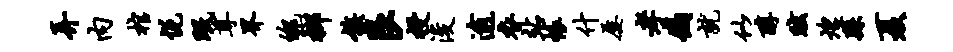
弄内棺悦眠尊界魄榔族艮授浚逾衣站帐什屡孝痛就似醇眩煌繇夏